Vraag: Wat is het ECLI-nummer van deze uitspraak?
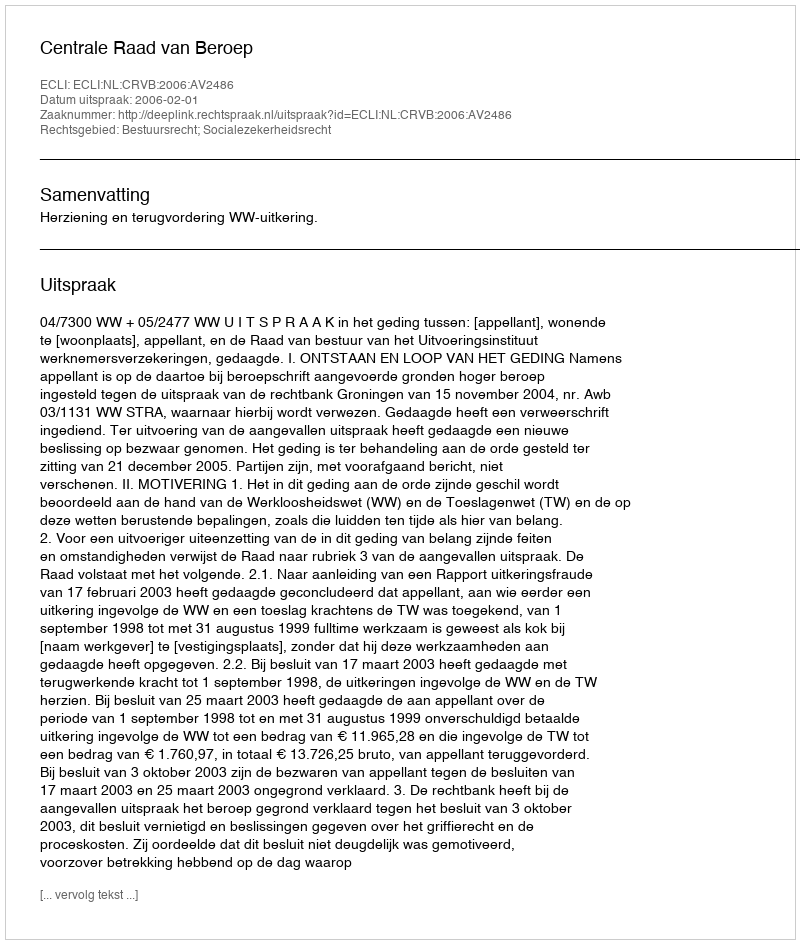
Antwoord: ECLI:NL:CRVB:2006:AV2486